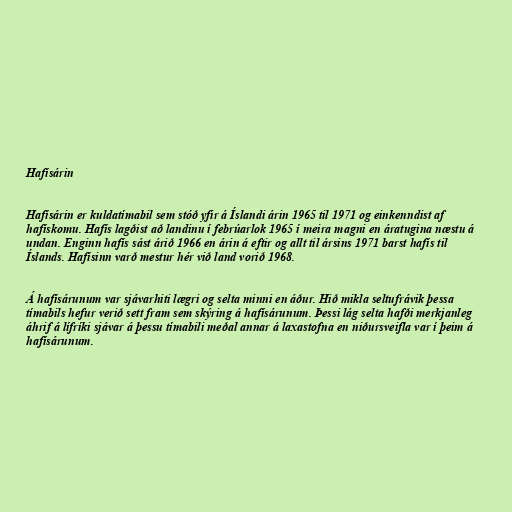
Hafísárin

Hafísárin er kuldatímabil sem stóð yfir á Íslandi árin 1965 til 1971 og einkenndist af
hafískomu. Hafís lagðist að landinu í febrúarlok 1965 í meira magni en áratugina næstu á
undan. Enginn hafís sást árið 1966 en árin á eftir og allt til ársins 1971 barst hafís til
Íslands. Hafísinn varð mestur hér við land vorið 1968.

Á hafísárunum var sjávarhiti lægri og selta minni en áður. Hið mikla seltufrávik þessa
tímabils hefur verið sett fram sem skýring á hafísárunum. Þessi lág selta hafði merkjanleg
áhrif á lífríki sjávar á þessu tímabili meðal annar á laxastofna en niðursveifla var í þeim á
hafísárunum.